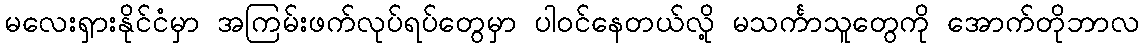
မလေးရှားနိုင်ငံမှာ အကြမ်းဖက်လုပ်ရပ်တွေမှာ ပါဝင်နေတယ်လို့ မသင်္ကာသူတွေကို အောက်တိုဘာလ